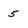
Character: 5